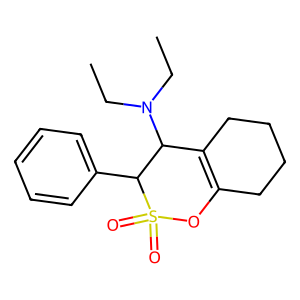
SMILES: CCN(CC)C1C2=C(CCCC2)OS(=O)(=O)C1c1ccccc1
Inhibits HIV replication: No